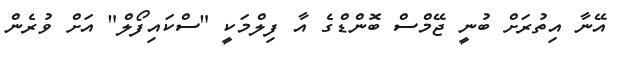
އޭނާ އިތުރަށް ބުނީ ޖޭމްސް ބޮންޑްގެ އާ ފިލްމަކީ "ސްކައިފޯލް" އަށް ވުރެން